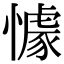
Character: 懅